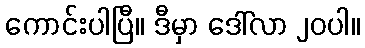
ကောင်းပါပြီ။ ဒီမှာ ဒေါ်လာ ၂၀ပါ။